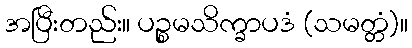
အပြီးတည်း။ ပဉ္စမသိက္ခာပဒံ (သမတ္တံ)။